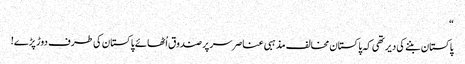
“
پاکستان بننے کی دیر تھی کہ پاکستان مخالف مذہبی عناصر سر پر صندوق اُٹھائے پاکستان کی طرف دوڑ پڑے!